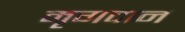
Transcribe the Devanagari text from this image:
मृगदान